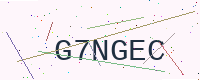
Text: G7NGEC